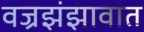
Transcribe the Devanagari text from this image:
वज्रझंझावात